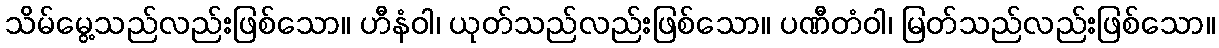
သိမ်မွေ့သည်လည်းဖြစ်သော။ ဟီနံဝါ၊ ယုတ်သည်လည်းဖြစ်သော။ ပဏီတံဝါ၊ မြတ်သည်လည်းဖြစ်သော။